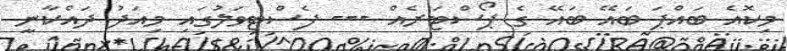
މިކޮއެ ބައްޕަ ބައޭ ބައޭ ގެ ޕޯސްޓަރެއް --- ފެސްޓިވަލުގައި މިއަދު ދައްކާނީ